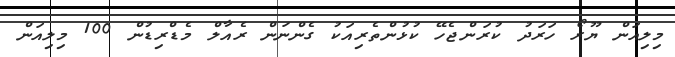
މިލިއަން ޔޫރޯ ހަރަދު ކުރަންޖެހޭ ކުޅުންތެރިއަކު ގެންނަން ރެއާލް މެޑްރިޑުން 100 މިލިއަން